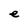
Character: e